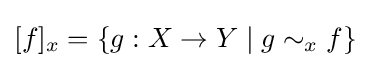
[f]_{x}=\{g:X\to Y\mid g\sim _{x}f\}